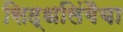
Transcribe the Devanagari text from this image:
सिद्धलिंगैया